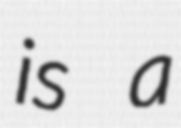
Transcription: is a